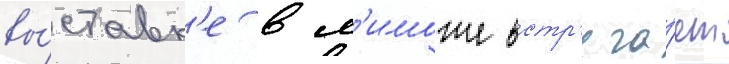
вы́ставк'е в л'иможе встр'еча́ет